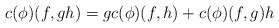
\begin{align*}c(\phi)(f, gh) = g c(\phi)(f, h) + c(\phi)(f, g)h\end{align*}